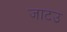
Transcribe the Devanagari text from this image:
जाटउ